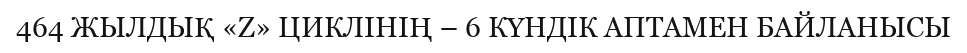
464 ЖЫЛДЫҚ «Z» ЦИКЛІНІҢ – 6 КҮНДІК АПТАМЕН БАЙЛАНЫСЫ